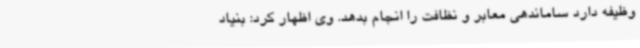
وظیفه دارد ساماندهی معابر و نظافت را انجام بدهد. وی اظهار کرد: بنیاد